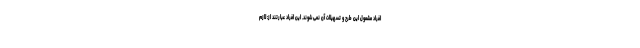
افراد مشمول این طرح و تسهیلات آن نمی شوند. این افراد عبارتند از: لازم